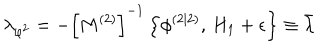
\lambda _ { \varphi ^ { 2 } } = - \left[ M ^ { \left( 2 \right) } \right] ^ { - 1 } \left\{ \phi ^ { \left( 2 | 2 \right) } , \, H _ { 1 } + \epsilon \right\} \equiv \bar { \lambda }